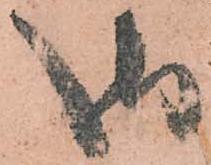
御